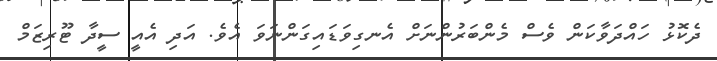
ދެކޮޅު ހައްދަވާކަން ވެސް މެންބަރުންނަށް އެނގިވަޑައިގަންނަވަ އެވެ. އަދި އެއީ ސީދާ ޓޫރިޒަމް